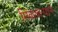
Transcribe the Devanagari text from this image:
मिळवल्याने